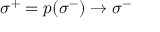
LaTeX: \: \sigma ^ { + } = p ( \sigma ^ { - } ) \rightarrow \sigma ^ { - } \: